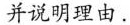
并说明理由.